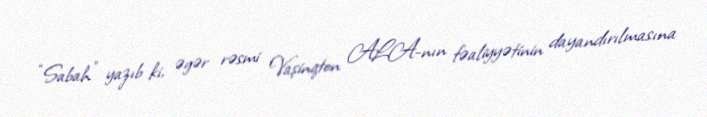
“Sabah” yazıb ki, əgər rəsmi Vaşinqton ALA-nın fəaliyyətinin dayandırılmasına